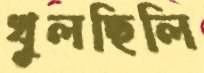
খুলছিলি